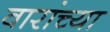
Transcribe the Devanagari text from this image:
वारांच्या